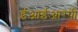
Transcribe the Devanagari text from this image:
ईआईआरपी